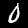
Label: 0